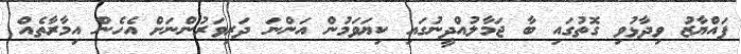
ފައްޔާޒު ވިދާޅުވި ގޮތުގައި ބާ ޖަމާލުއްދީނުގައި ކިޔަވަމުން އަންނަ ދަރިވަރުންނަށް އެހެން އިމާރާތެއް